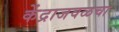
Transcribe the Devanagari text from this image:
केंद्राजवळचा